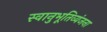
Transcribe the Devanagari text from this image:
स्वानुभूतिव्यंजना